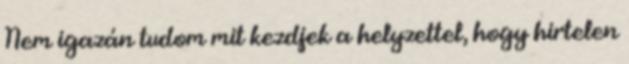
Nem igazán tudom mit kezdjek a helyzettel, hogy hirtelen